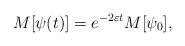
LaTeX: \begin{align*}M[\psi(t)] = e^{-2\varepsilon t} M[\psi_0],\end{align*}